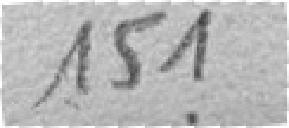
151